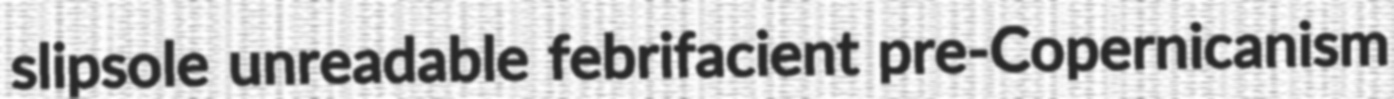
slipsole unreadable febrifacient pre-Copernicanism